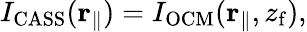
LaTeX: I_{\mathrm{CASS}}(\mathbf{r}_{\parallel})=I_{\mathrm{OCM}}(\mathbf{r}_{\parallel},z_{\mathrm{f}}),